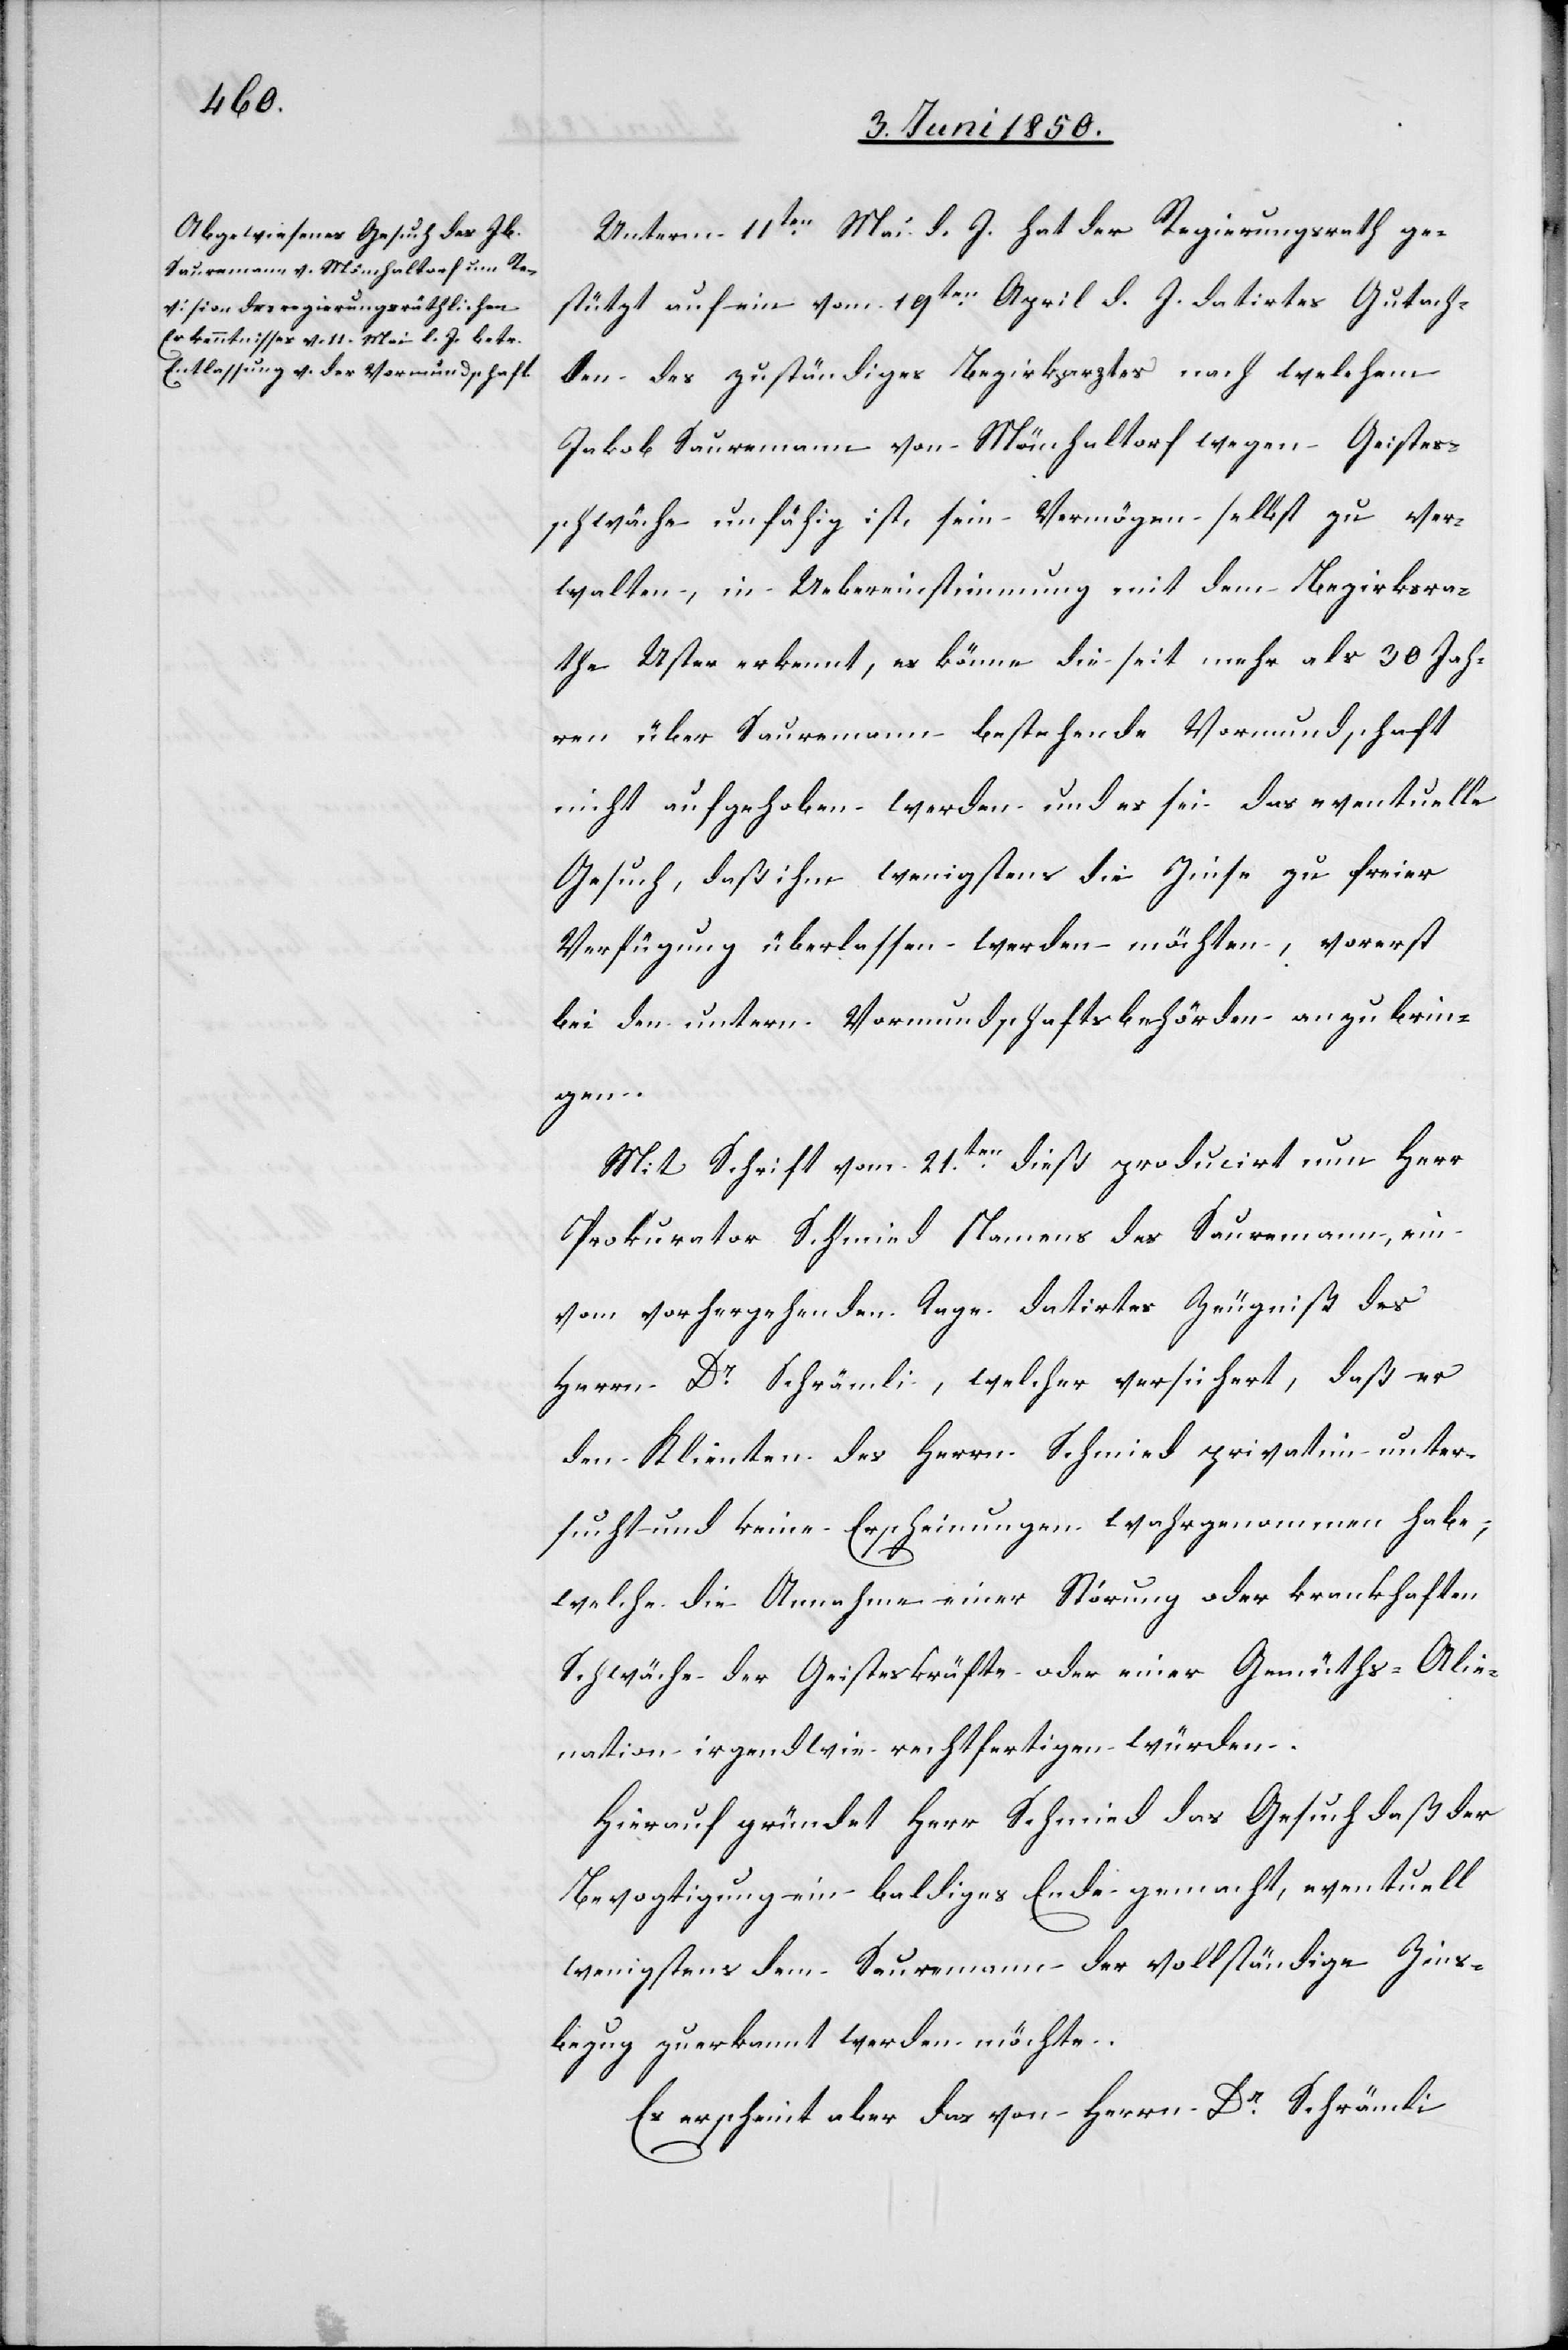
Unterm 11ten Mai d. J. hat der Regierungsrath ge¬
stützt auf ein vom 19ten April d. J. datirtes Gutach¬
ten des zuständiges Bezirksrathes nach welchem
Jakob Sauremann von Mönchaltorf wegen Geistes¬
schwäche unfähig ist, sein Vermögen selbst zu ver¬
walten, in Uebereinstimmung mit dem Bezirksra¬
the Uster erkennt, es könne die seit mehr als 30 Jah¬
ren über Sauremann bestehende Vormundschaft
nicht aufgehoben werden und es sei das eventuelle
Gesuch, daß ihm wenigstens die Zinse zu freier
Verfügung überlassen werden möchten, vorerst
bei den untern Vormundschaftsbehörden anzubrin¬
gen.
Mit Schrift vom 21ten dieß producirt nun Herr
Prokurator Schmied Namens des Sauremann, ein
vom vorhergehenden Tage datirtes Zeugniß des
Herrn Dr Schrämli, welcher versichert, daß er
den Klienten des Herrn Schmied privatim unter¬
sucht und keine Erscheinungen wahrgenommen habe,
welche die Annahme einer Störung oder krankhaften
Schwäche der Geisteskräfte oder einer Gemüths-Alie¬
nation irgendwie rechtfertigen würden.
Hierauf gründet Herr Schmied das Gesuch daß der
Bevogtigung ein baldiges Ende gemacht, eventuell
wenigstens dem Sauremann der vollständige Zins¬
bezug zuerkannt werden möchte.
Es erscheint aber das von Herrn Dr Schrämli